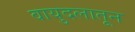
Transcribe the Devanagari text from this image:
वायुदलातून